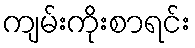
ကျမ်းကိုးစာရင်း